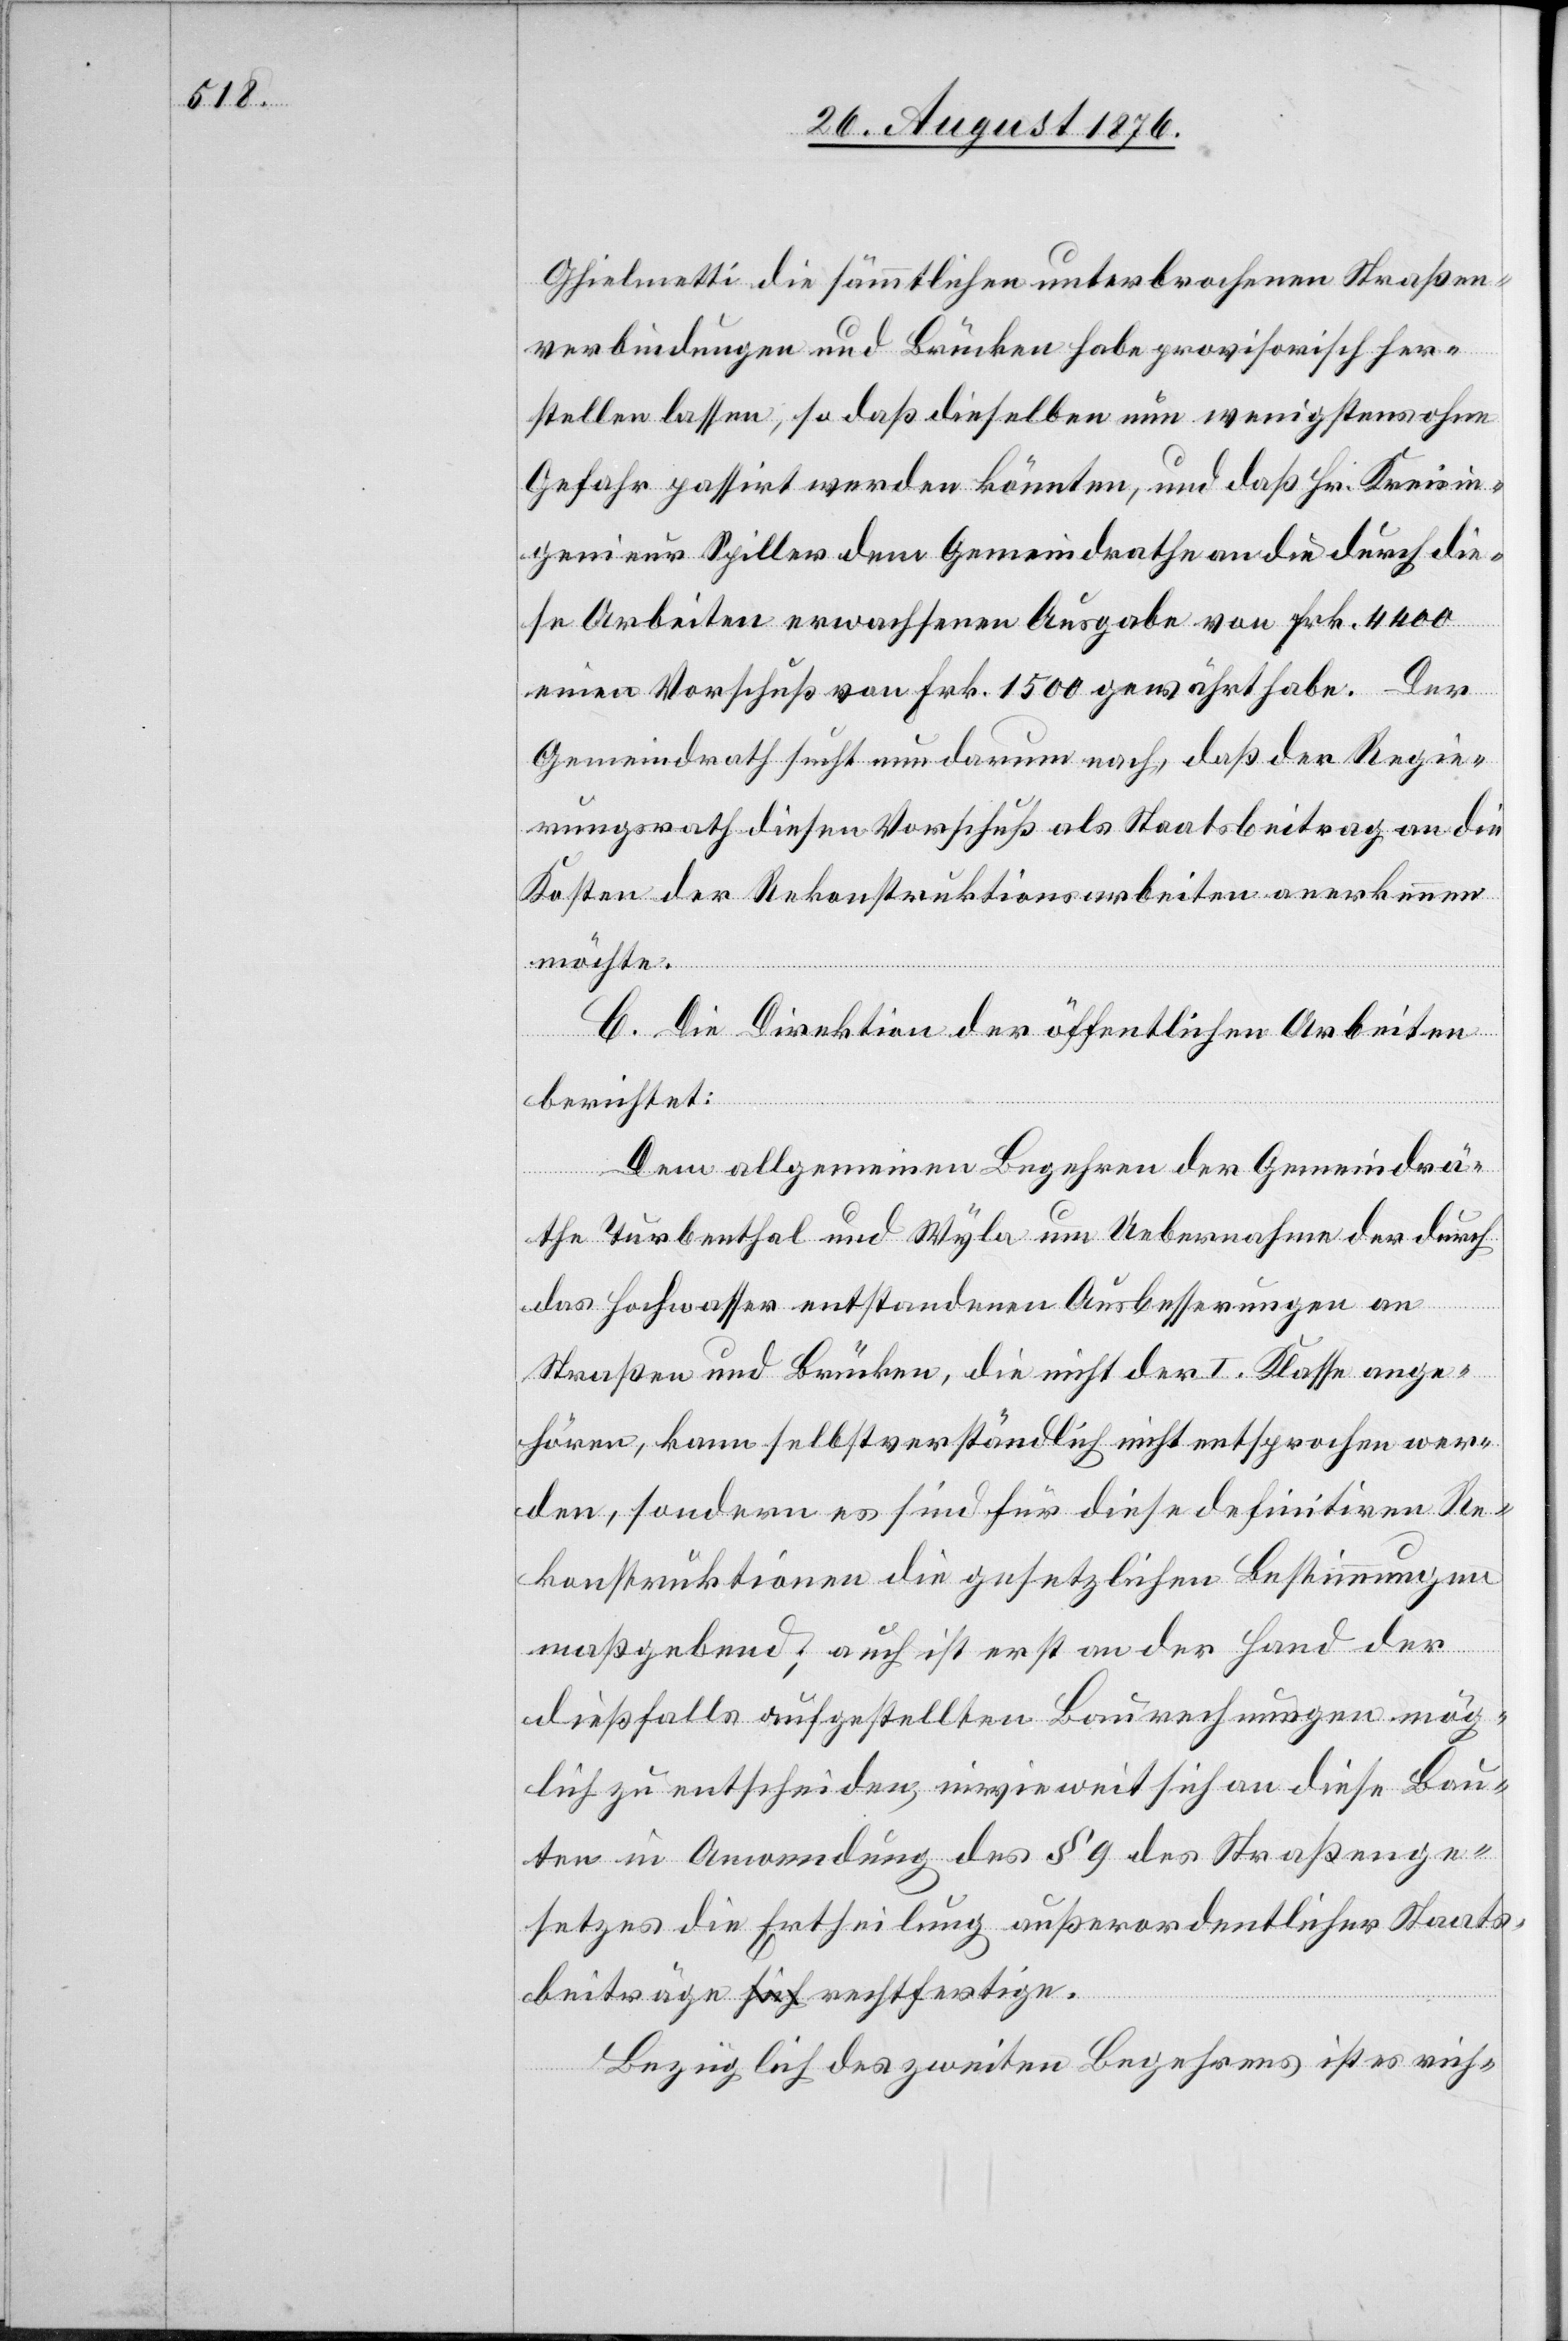
Ghielmetti die sämmtlichen unterbrochenen Straßen¬
verbindungen und Brücken habe provisorisch her¬
stellen lassen, so daß dieselben nun wenigstens ohne
Gefahr passirt werden könnten, und daß Hr. Kreisin¬
genieur Spiller dem Gemeindrathe an die durch die¬
se Arbeiten erwachsenen Ausgabe von Frk. 4400
einen Vorschuß von Frk. 1500 gewährt habe. Der
Gemeindrath sucht nun darum nach, daß der Regie¬
rungsrath diesen Vorschuß als Staatsbeitrag an die
Kosten der Rekonstruktionsarbeiten anerkennen
möchte.
C. Die Direktion der öffentlichen Arbeiten
berichtet:
Dem allgemeinen Begehren der Gemeindrä¬
the Turbenthal und Wyla um Uebernahme der durch
das Hochwasser entstandenen Ausbesserungen an
Straßen und Brücken, die nicht der I. Klasse ange¬
hören, kann selbstverständlich nicht entsprochen wer¬
den, sondern es sind für diese definitiven Re¬
konstruktionen die gesetzlichen Bestimmungen
maßgebend; auch ist erst an der Hand der
dießfalls aufgestellten Berechnungen mög¬
lich zu entscheiden, inwieweit sich an diese Bau¬
ten in Anwendung des § 9 des Straßenge¬
setzes di9e Ertheilung außerordentlicher Staats¬
beiträge sich rechtfertige.
Bezüglich des zweiten Begehrens ist es rich-